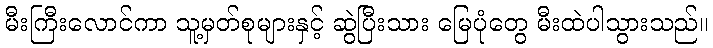
မီးကြီးလောင်ကာ သူ့မှတ်စုများနှင့် ဆွဲပြီးသား မြေပုံတွေ မီးထဲပါသွားသည်။